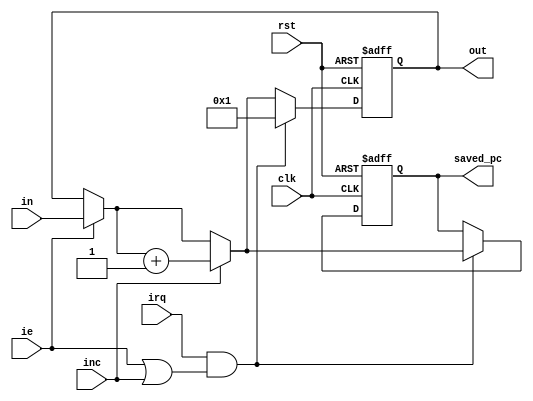
module pc (
    input wire [15:0] in,
    output reg [15:0] out,
    input wire clk, inc, ie, irq, rst,
    output reg [15:0] saved_pc
);

wire [15:0] inmux;

initial out = 16'b0;
initial saved_pc = 16'b0;

always @(posedge clk, posedge rst) begin
    if(rst) begin
        out = 16'b0;
        saved_pc = 16'b0;
    end else begin
        if (ie)
            out = in;

        if (inc)
            out = out + 16'b1;

        if (irq & (ie | inc)) begin
            saved_pc = out;
            out = 16'b1;
        end
    end
end

endmodule